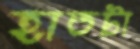
হাতটা